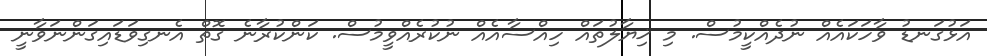
އަޅުގަނޑު ވާހަކައެއް ނުދެއްކީމުސް. މި ޚިޔާލުތައް ހިއްސާއެއް ނުކުރެއްވީމުސް. ކަންކުރާނެ ގޮތް އެނގިވަޑައިގަންނަވާނީ